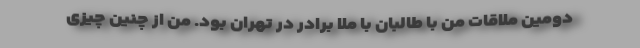
دومین ملاقات من با طالبان با ملا برادر در تهران بود. من از چنین چیزی